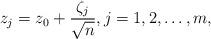
LaTeX: \begin{align*}z_j = z_0 + \frac{\zeta_j}{\sqrt{n}}, j = 1,2,\dotsc,m,\end{align*}